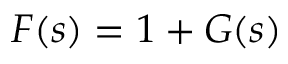
F ( s ) = 1 + G ( s )